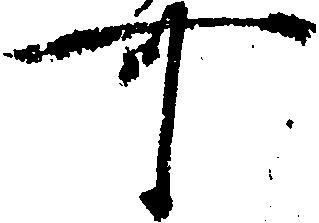
可